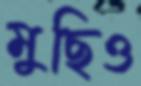
মুছিও